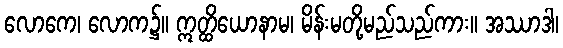
လောကေ၊ လောက၌။ ဣတ္ထိယောနာမ၊ မိန်းမတို့မည်သည်ကား။ အဿာဒါ၊